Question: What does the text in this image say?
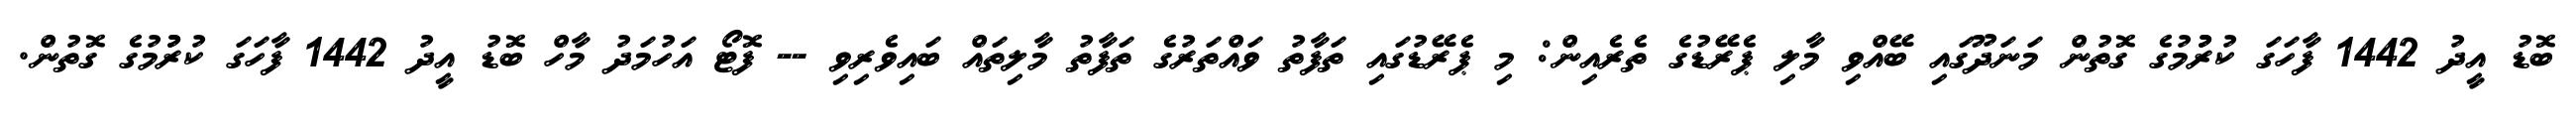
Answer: ބޮޑު އީދު 1442 ފާހަގަ ކުރުުމުގެ ގޮތުން މަނަދޫގައި ބޭއްވި މާލި ޕެރޭޑުގެ ތެރެއިން: މި ޕެރޭޑުގައި ތަފާތު ވައްތަރުގެ ތަފާތު މާލިތައް ބައިވެރިވި -- ފޮޓޯ އަހުމަދު މާހް ބޮޑު އީދު 1442 ފާހަގަ ކުރުުމުގެ ގޮތުން.